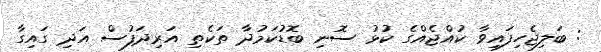
: ބަލިޖެހިފައިވާ ކުއްޖެއްގެ ކުޅު ސޮނި ބޮޑުކަމުދާ ތަކެތި އަރިދަފުސް އަދި ގައިގާ